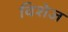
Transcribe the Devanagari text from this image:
विशेज